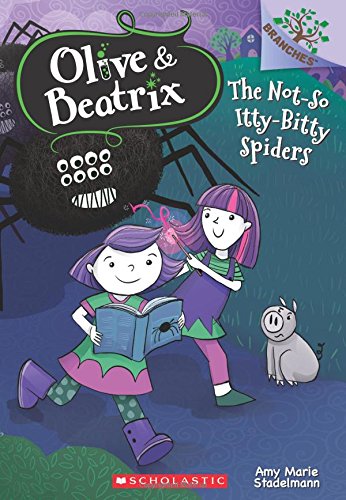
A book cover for The Not-So Itty-Bitty Spiders (Olive & Beatrix #1) (Olive and Beatrix); Amy Marie Stadelmann; Children's Books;